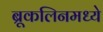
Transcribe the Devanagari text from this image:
ब्रूकलिनमध्ये